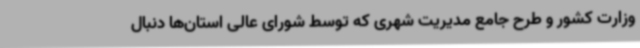
وزارت کشور و طرح جامع مدیریت شهری که توسط شورای عالی استان‌ها دنبال